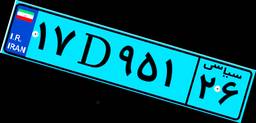
۵۷D۵۵۰۵۰